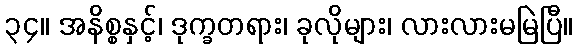
၃၄။ အနိစ္စနှင့်၊ ဒုက္ခတရား၊ ခုလိုများ၊ လားလားမမြဲပြီ။